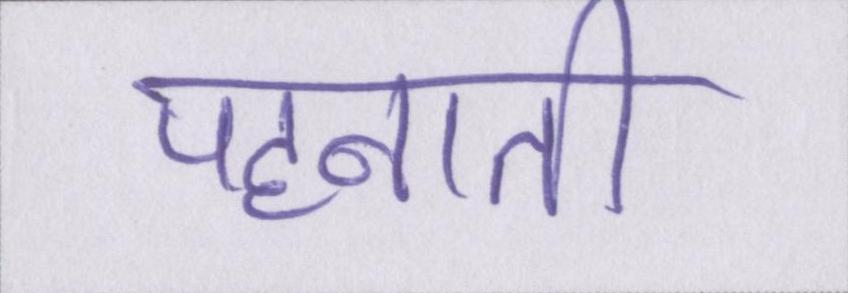
पहनाती